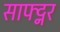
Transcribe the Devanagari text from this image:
साफ्ट्नर